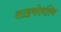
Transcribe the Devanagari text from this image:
शाइकोवस्कि